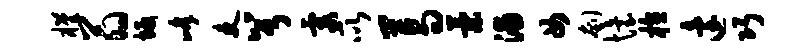
槿翁坂峰吏兮霞所葛策浦女刳怡植迨巧